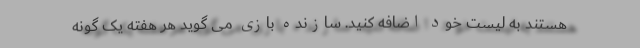
هستند به لیست خود اضافه کنید. سازنده بازی می گوید هر هفته یک گونه